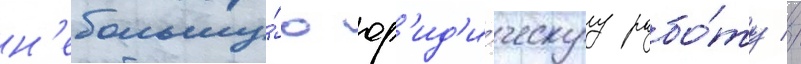
н'ебольшу́ю юр'ид'и́ческуу рабо́ту //